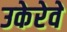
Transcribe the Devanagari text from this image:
उकेरेवे